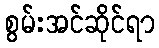
စွမ်းအင်ဆိုင်ရာ